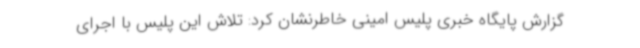
گزارش پایگاه خبری پلیس امینی خاطرنشان کرد: تلاش این پلیس با اجرای